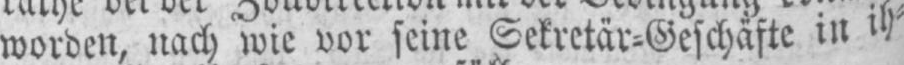
worden, nach wie vor seine Sekretär⸗Geschäfte in ih⸗